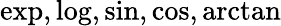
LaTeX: \exp,\log,\sin,\cos,\arctan